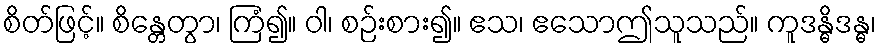
စိတ်ဖြင့်။ စိန္တေတွာ၊ ကြံ၍။ ဝါ၊ စဉ်းစား၍။ ဧသ၊ ဧသောဤသူသည်။ ကူဒန္ဓိဒန္ဓ၊